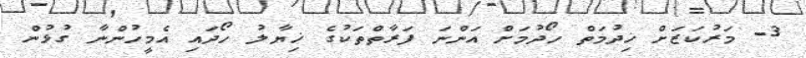
3- މަރުކަޒަށް ޚިދުމަތް ހޯދުމަށް އަންނަ ފަރާތްތަކުގެ ޚިޔާލު ހޯދައި އެމީހުންނާ ގުޅުން